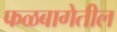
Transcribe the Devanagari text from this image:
फळबागेतील